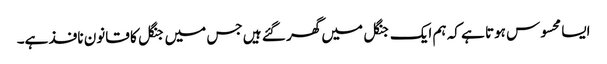
ایسا محسوس ہوتا ہے کہ ہم ایک جنگل میں گھر گئے ہیں جس میں جنگل کا قانون نافذ ہے۔